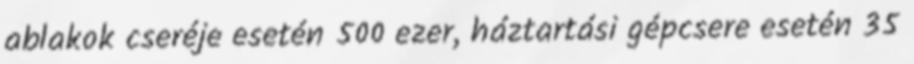
ablakok cseréje esetén 500 ezer, háztartási gépcsere esetén 35